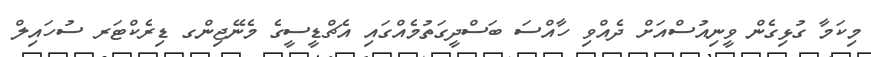
މިކަމާ ގުޅިގެން ވީނިއުސްއަށް ދެއްވި ހާއްސަ ބަސްދީގަތުމެއްގައި އެޗްޑީސީގެ މެނޭޖިންގ ޑިރެކްޓަރ ސުހައިލް